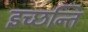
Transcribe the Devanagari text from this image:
इच्छन्ति